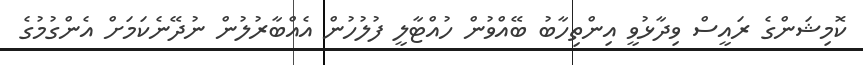
ކޮމިޝަންގެ ރައީސް ވިދާޅުވީ އިންތިހާބު ބޭއްވުން ހުއްޓާލީ ފުލުހުން އެއްބާރުލުން ނުދޭނެކަމަށް އެންގުމުގެ